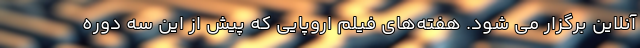
آنلاین برگزار می شود. هفته‌های فیلم اروپایی که پیش از این سه دوره